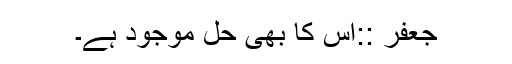
جعفر ::‌اس کا بھی حل موجود ہے۔